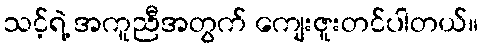
သင့်ရဲ့ အကူညီအတွက် ကျေးဇူးတင်ပါတယ်။